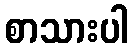
စာသားပါ